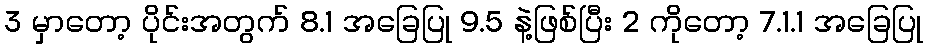
3 မှာတော့ ပိုင်းအတွက် 8.1 အခြေပြု 9.5 နဲ့ဖြစ်ပြီး 2 ကိုတော့ 7.1.1 အခြေပြု